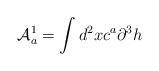
LaTeX: \begin{align*}{\cal{A}}_a^1=\int d^2x c^a \partial^3 h\end{align*}